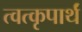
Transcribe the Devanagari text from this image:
त्वत्कृपार्थं